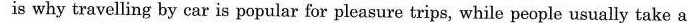
is why travelling by car is popular for pleasure trips, while people usually take a